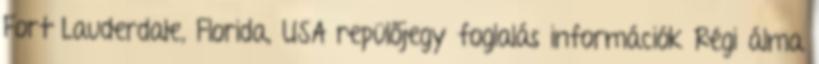
Fort Lauderdale, Florida, USA repülőjegy foglalás információk Régi álma